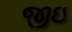
જીઇ